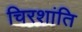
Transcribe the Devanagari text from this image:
चिरशांति